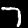
Digit: 7